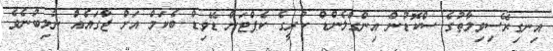
އިނގިރޭސިވިލާތުގެ ސްކޮޑުން އިންގްލެންޑް ކުރީގެ ކެޕްޓަން ޑޭވިޑް ބެކަމް އަށް ޖާގައެއް ނުލިބުނެވެ.